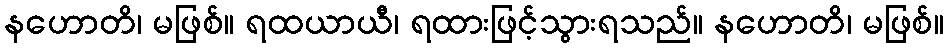
နဟောတိ၊ မဖြစ်။ ရထယာယီ၊ ရထားဖြင့်သွားရသည်။ နဟောတိ၊ မဖြစ်။